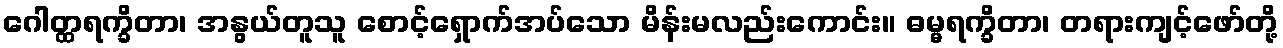
ဂေါတ္ထရက္ခိတာ၊ အနွယ်တူသူ စောင့်ရှောက်အပ်သော မိန်းမလည်းကောင်း။ ဓမ္မရက္ခိတာ၊ တရားကျင့်ဖော်တို့